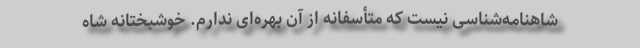
شاهنامه‌شناسی نیست که متأسفانه از آن بهره‌ای ندارم. خوشبختانه شاه